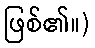
ဖြစ်၏။)